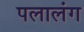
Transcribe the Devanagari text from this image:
पलालंग